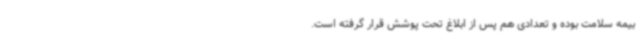
بیمه سلامت بوده و تعدادی هم پس از ابلاغ تحت پوشش قرار گرفته است.